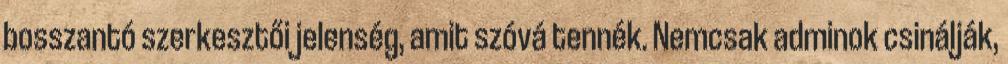
bosszantó szerkesztői jelenség, amit szóvá tennék. Nemcsak adminok csinálják,